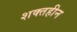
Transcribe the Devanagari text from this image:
शक्तहीन